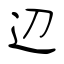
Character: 辺